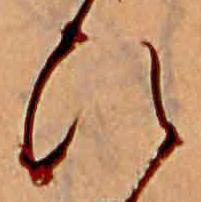
ひ